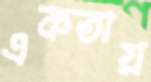
একতায়